Account of plague administration in the Bombay Presidency from September 1896 till May 1897
Year: 1896
Disease focus: Plague
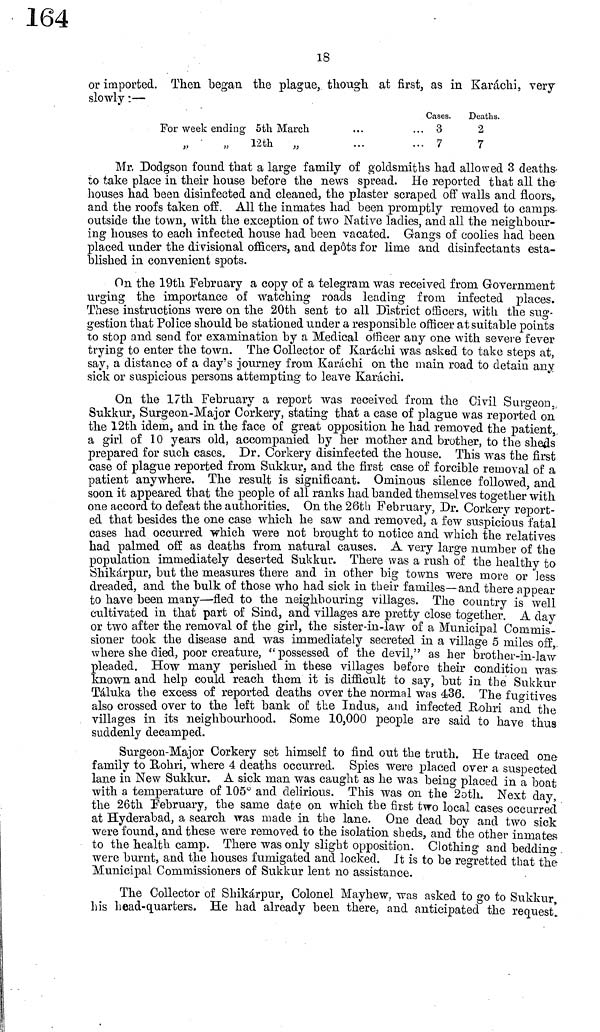
18
or imported. Then began the plague, though at first, as in Karachi, very
slowly :—
For week ending 5th March
" " 12th "
Cases.
... 3
... 7
Deaths.
2
7
Mr, Dodgson found that a large family of goldsmiths had allowed 3 deaths-
to take place in their house before the news spread. He reported that all the-
houses had been disinfected and cleaned, the plaster scraped off walls and floors,
and the roofs taken off. All the inmates had been promptly removed to camps
outside the town, with the exception of two Native ladies, and all the neighbour-
ing houses to each infected house had been vacated. Gangs of coolies had been
placed under the divisional officers, and depots for lime and disinfectants esta-
blished in convenient spots.
On the 19th February a copy of a telegram was received from Government
urging the importance of watching roads leading from infected places.
These instructions were on the 20th sent to all District officers, with the sug-
gestion that Police should be stationed under a responsible officer at suitable points
to stop and send for examination by a Medical officer any one with severe fever
trying to enter the town. The Collector of Karachi was asked to take steps at,
say, a distance of a day's journey from Karachi on the main road to detain any
sick or suspicious persons attempting to leave Karachi.
On the 17th February a report was received from the Civil Surgeon,
Sukkur, Surgeon-Major Corkery, stating that a case of plague was reported on
the 12th idem, and in the face of great opposition he had removed the patient,
a girl of 10 years old, accompanied by her mother and brother, to the sheds
prepared for such cases. Dr. Corkery disinfected the house. This was the first
case of plague reported from Sukkur, and the first case of forcible removal of a
patient anywhere. The result is significant. Ominous silence followed, and
soon it appeared that the people of all ranks had banded themselves together with
one accord to defeat the authorities. On the 26th February, Dr. Corkery report-
ed that besides the one case which he saw and removed, a few suspicious fatal
cases had occurred which were not brought to notice and which the relatives
had palmed off as deaths from natural causes. A very large number of the
population immediately deserted Sukkur. There was a rush of the healthy to
tíhikárpur, but the measures there and in other big towns were more or Jess
dreaded, and the bulk of those who had sick in their familes—and there appear
to have been many—fled to the neighbouring villages. The country is well
cultivated in that part of Sind, and villages are pretty close together. A day
or two after the removal of the girl, the sister-in-law of a Municipal Commis-
sioner took the disease and was immediately secreted in a village 5 miles off,
where she died, poor creature, "possessed of the devil," as her brother-in-law
pleaded. How many perished in these villages before their condition was-
known and help could reach them it is difficult to say, but in the Sukkur
Táluka the excess of reported deaths over the normal was 436. The fugitives
also crossed over to the left bank of the Indus, and infected Rohri and the
villages in its neighbourhood. Some 10,000 people are said to have thus
suddenly decamped.
Surgeon-Major Corkery set himself to find out the truth. He traced one
family to Rohri, where 4 deaths occurred. Spies were placed over a suspected
lane in New Sukkur. A sick man was caught as he was being placed in a boat
with a temperature of 105° and delirious. This was on the 2oth. Next day,
the 26th February, the same date on which the first two local cases occurred
at Hyderabad, a search was made in the lane. One dead boy and two sick
were found, and these were removed to the isolation sheds, and the other inmates
to the health camp. There was only slight opposition. Clothing and beddinng
were burnt, and the houses fumigated and locked. It is to be regretted that the
Municipal Commissioners of Sukkur lent no assistance.
The Collector of Shikárpur, Colonel Mayhew, was asked to go to Sukkur
his head-quarters. He had already been there, and anticipated the request.